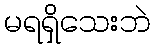
မရရှိသေးဘဲ